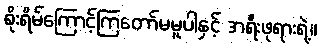
စိုးရိမ်ကြောင့်ကြတော်မမူပါနှင့် အရီးဖုရားရဲ့။